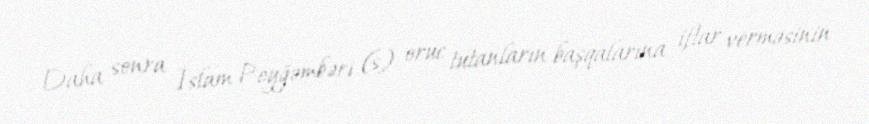
Daha sonra İslam Peyğəmbəri (s) oruc tutanların başqalarına iftar verməsinin